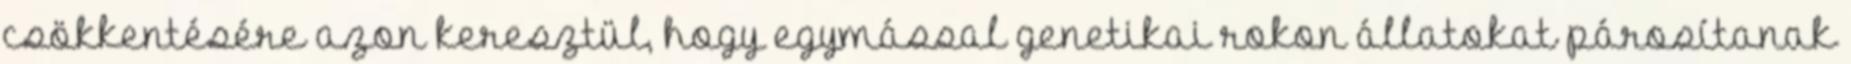
csökkentésére azon keresztül, hogy egymással genetikai rokon állatokat párosítanak